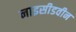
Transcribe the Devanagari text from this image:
नाइसीडवीन